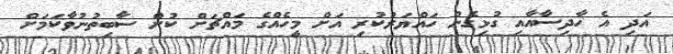
އަދި އެ ހާދިސާއާއި ގުޅިގެން ހައްޔަރުކުރި އަށް މީހެއްގެ މައްޗަށް ކުށް ސާބިތުނުވާކަމަށް